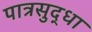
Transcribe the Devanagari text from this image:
पात्रसुद्धा